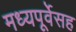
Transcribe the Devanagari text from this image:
मध्यपूर्वेसह